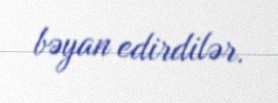
bəyan edirdilər.